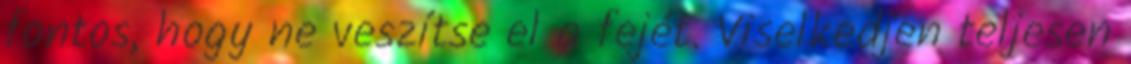
fontos, hogy ne veszítse el a fejét. Viselkedjen teljesen